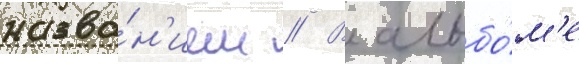
назва́н'ием // В альбо́м'е